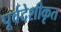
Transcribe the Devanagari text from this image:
पूर्वदेशीकृत